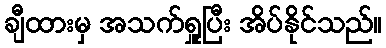
ချီထားမှ အသက်ရှူပြီး အိပ်နိုင်သည်။